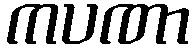
ကပဏာ